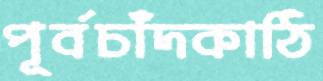
পূর্বচাঁদকাঠি